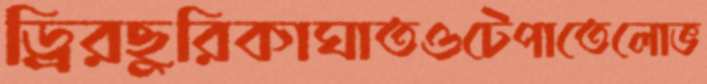
ড্রিরছুরিকাঘাতওটেপাতেলোভ